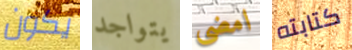
يكون يتواجد امضي كتابته